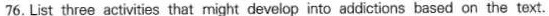
76. List three activities that might develop into addictions based on the text.